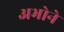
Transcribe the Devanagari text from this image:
अभोने